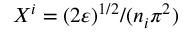
X ^ { i } = ( 2 \varepsilon ) ^ { 1 / 2 } / ( n _ { i } \pi ^ { 2 } )